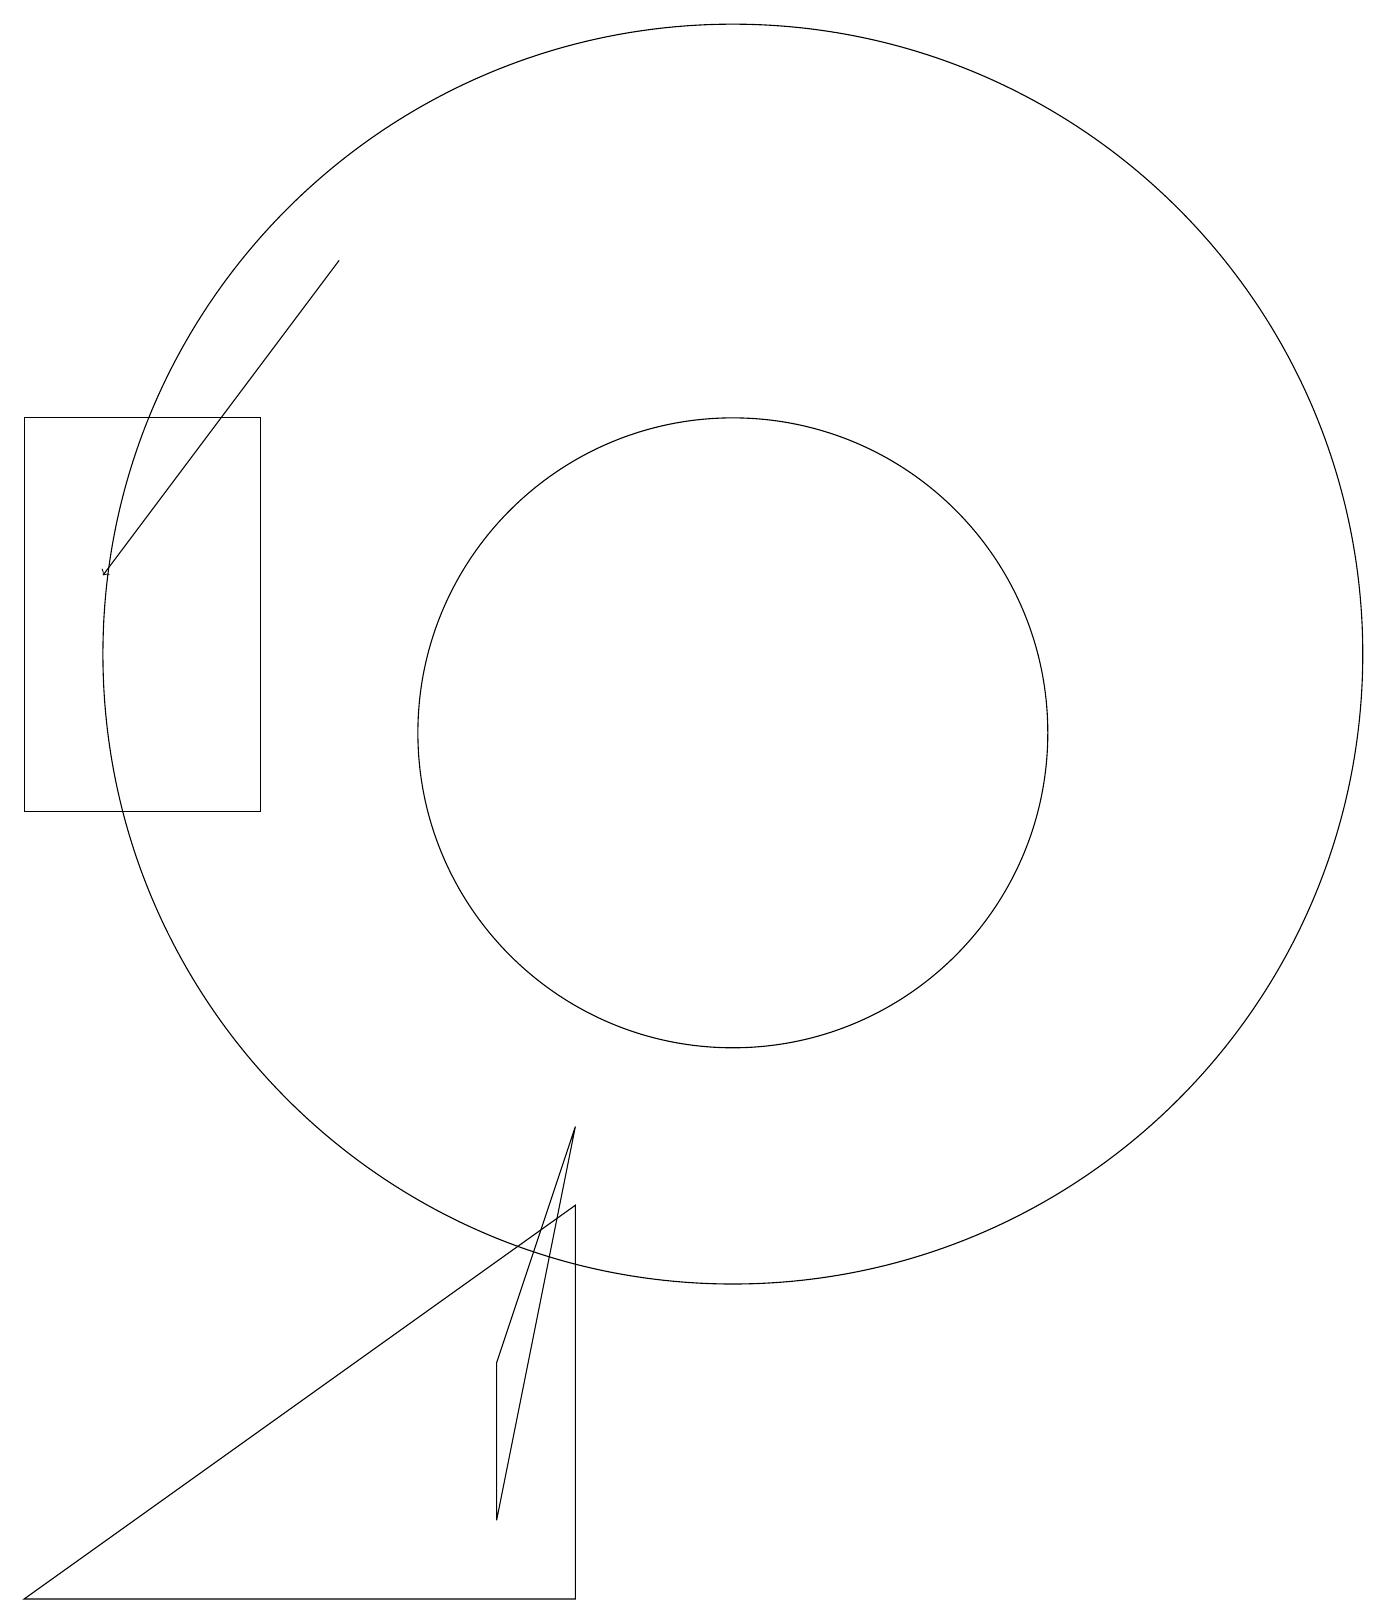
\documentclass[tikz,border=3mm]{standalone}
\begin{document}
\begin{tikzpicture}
\draw (10,11) circle (4);
\draw (10,12) circle (8);
\draw (1,0) -- (8,0) -- (8,5) -- cycle;
\draw (1,15) rectangle (4,10);
\draw[->] (5,17) -- (2,13);
\draw (7,1) -- (8,6) -- (7,3) -- cycle;
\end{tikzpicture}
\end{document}